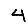
Digit: 4